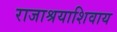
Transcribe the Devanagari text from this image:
राजाश्रयाशिवाय